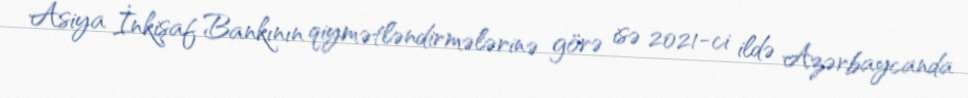
Asiya İnkişaf Bankının qiymətləndirmələrinə görə isə 2021-ci ildə Azərbaycanda